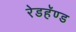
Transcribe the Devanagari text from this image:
रेडहॅण्ड